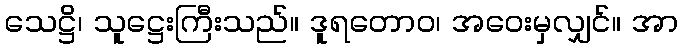
သေဋ္ဌိ၊ သူဋ္ဌေးကြီးသည်။ ဒူရတောဝ၊ အဝေးမှလျှင်။ အာ